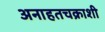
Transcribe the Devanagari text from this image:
अनाहतचक्राशी